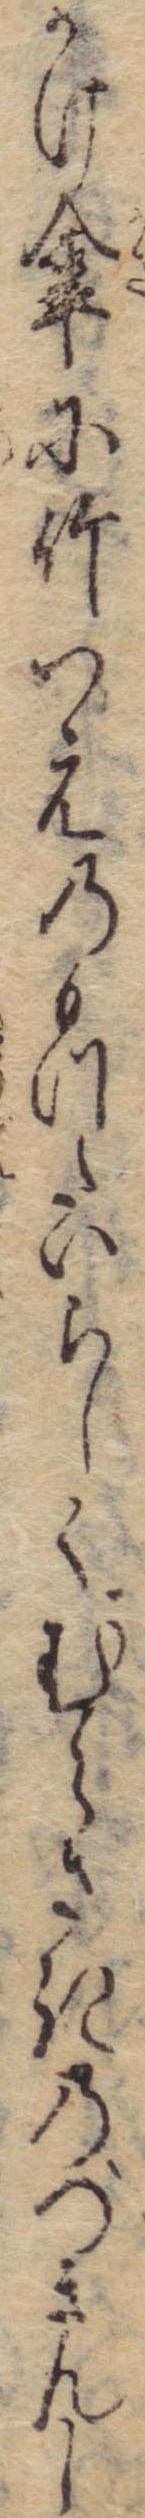
かけ傘に竹つえのもつたいらしくむらさきのづきんし